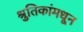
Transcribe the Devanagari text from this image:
श्रुतिकांमधून